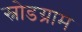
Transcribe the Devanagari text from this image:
स्नोडग्राम